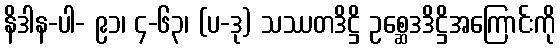
နိဒါန-ပါ- ၉၁၊ ၄-၆၃၊ (ပ-ဒု) သဿတဒိဋ္ဌိ ဥစ္ဆေဒဒိဋ္ဌိအကြောင်းကို